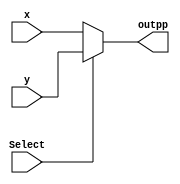
`timescale 1ns / 1ps
//////////////////////////////////////////////////////////////////////////////////
// Company: 
// Engineer: 
// 
// Design Name: 
// Module Name: nMux
// Project Name: 
// Target Devices: 
// Tool Versions: 
// Description: 
// 
// Dependencies: 
// 
// Revision:
// Revision 0.01 - File Created
// Additional Comments:
// 
//////////////////////////////////////////////////////////////////////////////////


module nMux #(parameter N = 8 )(
input Select,
input [N-1:0] x,y,
output [N-1:0]outpp
    );
    
 assign outpp = Select ? y:x;
endmodule